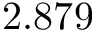
2 . 8 7 9